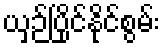
ယှဉ်ပြိုင်နိုင်စွမ်း